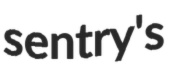
sentry's